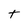
Character: t